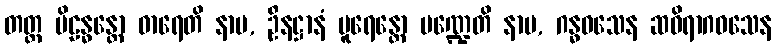
တတ္ထ ပိဠန္ဓန္တော ဓာရေတိ နာမ, ဦနဋ္ဌာနံ ပူရေန္တော မဏ္ဍေတိ နာမ, ဂန္ဓဝသေန ဆဝိရာဂဝသေန